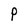
Character: P